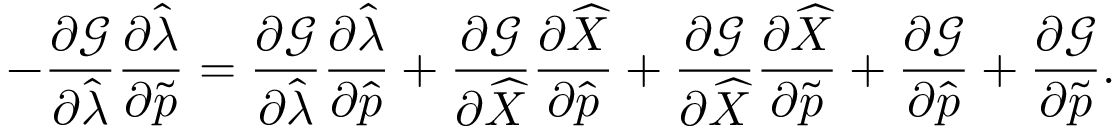
- \frac { \partial \mathcal { G } } { \partial \widehat { \lambda } } \frac { \partial \widehat { \lambda } } { \partial \widetilde { \boldsymbol { p } } } = \frac { \partial \mathcal { G } } { \partial \widehat { \lambda } } \frac { \partial \widehat { \lambda } } { \partial \widehat { \boldsymbol { p } } } + \frac { \partial \mathcal { G } } { \partial \widehat { X } } \frac { \partial \widehat { X } } { \partial \widehat { \boldsymbol { p } } } + \frac { \partial \mathcal { G } } { \partial \widehat { X } } \frac { \partial \widehat { X } } { \partial \widetilde { \boldsymbol { p } } } + \frac { \partial \mathcal { G } } { \partial \widehat { \boldsymbol { p } } } + \frac { \partial \mathcal { G } } { \partial \widetilde { \boldsymbol { p } } } .